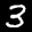
Label: 3